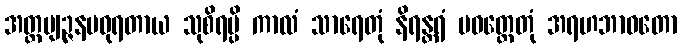
အတ္ထဗျဉ္ဇနမဓုရတာယ သုစိရမ္ပိ ကာလံ သာရေတုံ နိရန္တရံ ပဝတ္တေတုံ အရဟဘာဝတော